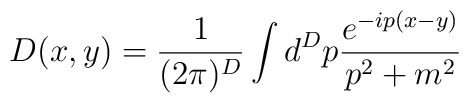
D(x,y)=\frac{1}{(2\pi)^D}\int d ^Dp\frac{e^{-ip(x-y)}}{p^2+m^2}